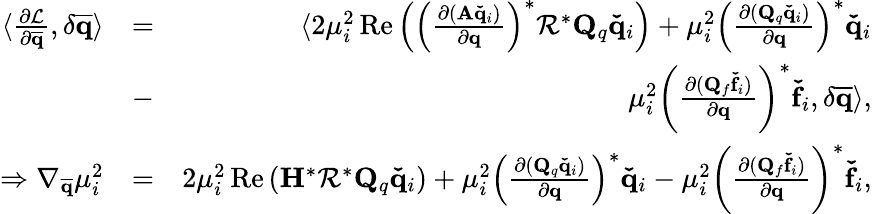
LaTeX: \begin{array}{rlr}{\langle\frac{\partial\mathcal{L}}{\partial\mathbf{\overline{{q}}}},\delta\mathbf{\overline{{q}}}\rangle}&{=}&{\langle 2\mu_{i}^{2}\operatorname{Re}\left(\left(\frac{\partial(\mathbf{A}\mathbf{\check{q}}_{i})}{\partial\mathbf{q}}\right)^{*}\mathbf{\mathcal{R}}^{*}\mathbf{Q}_{q}\mathbf{\check{q}}_{i}\right)+\mu_{i}^{2}\left(\frac{\partial(\mathbf{Q}_{q}\mathbf{\check{q}}_{i})}{\partial\mathbf{q}}\right)^{*}\mathbf{\check{q}}_{i}}\\ &{-}&{\mu_{i}^{2}\left(\frac{\partial(\mathbf{Q}_{f}\mathbf{\check{f}}_{i})}{\partial\mathbf{q}}\right)^{*}\mathbf{\check{f}}_{i},\delta\mathbf{\overline{{q}}}\rangle,}\\ {\Rightarrow\nabla_{\mathbf{\overline{{q}}}}\mu_{i}^{2}}&{=}&{2\mu_{i}^{2}\operatorname{Re}\left(\mathbf{H}^{*}\mathbf{\mathcal{R}}^{*}\mathbf{Q}_{q}\mathbf{\check{q}}_{i}\right)+\mu_{i}^{2}\left(\frac{\partial(\mathbf{Q}_{q}\mathbf{\check{q}}_{i})}{\partial\mathbf{q}}\right)^{*}\mathbf{\check{q}}_{i}-\mu_{i}^{2}\left(\frac{\partial(\mathbf{Q}_{f}\mathbf{\check{f}}_{i})}{\partial\mathbf{q}}\right)^{*}\mathbf{\check{f}}_{i},}\end{array}